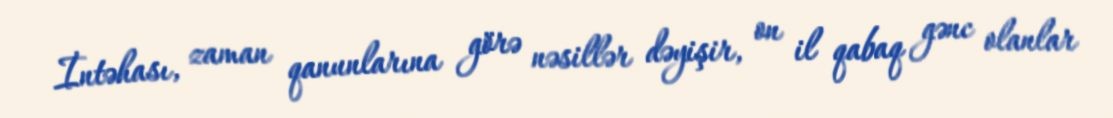
İntəhası, zaman qanunlarına görə nəsillər dəyişir, on il qabaq gənc olanlar